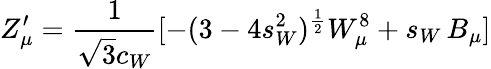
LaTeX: Z_{\mu}^{\prime}=\frac{1}{\sqrt 3c_{W}}[-(3-4s_{W}^{2})^{\frac{1}{2}}W_{\mu}^{8}+s_{W}\, B_{\mu}]